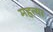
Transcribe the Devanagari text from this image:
महत्या